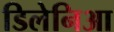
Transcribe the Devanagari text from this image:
डिलेनिआ